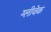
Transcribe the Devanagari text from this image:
ग्लीवेक